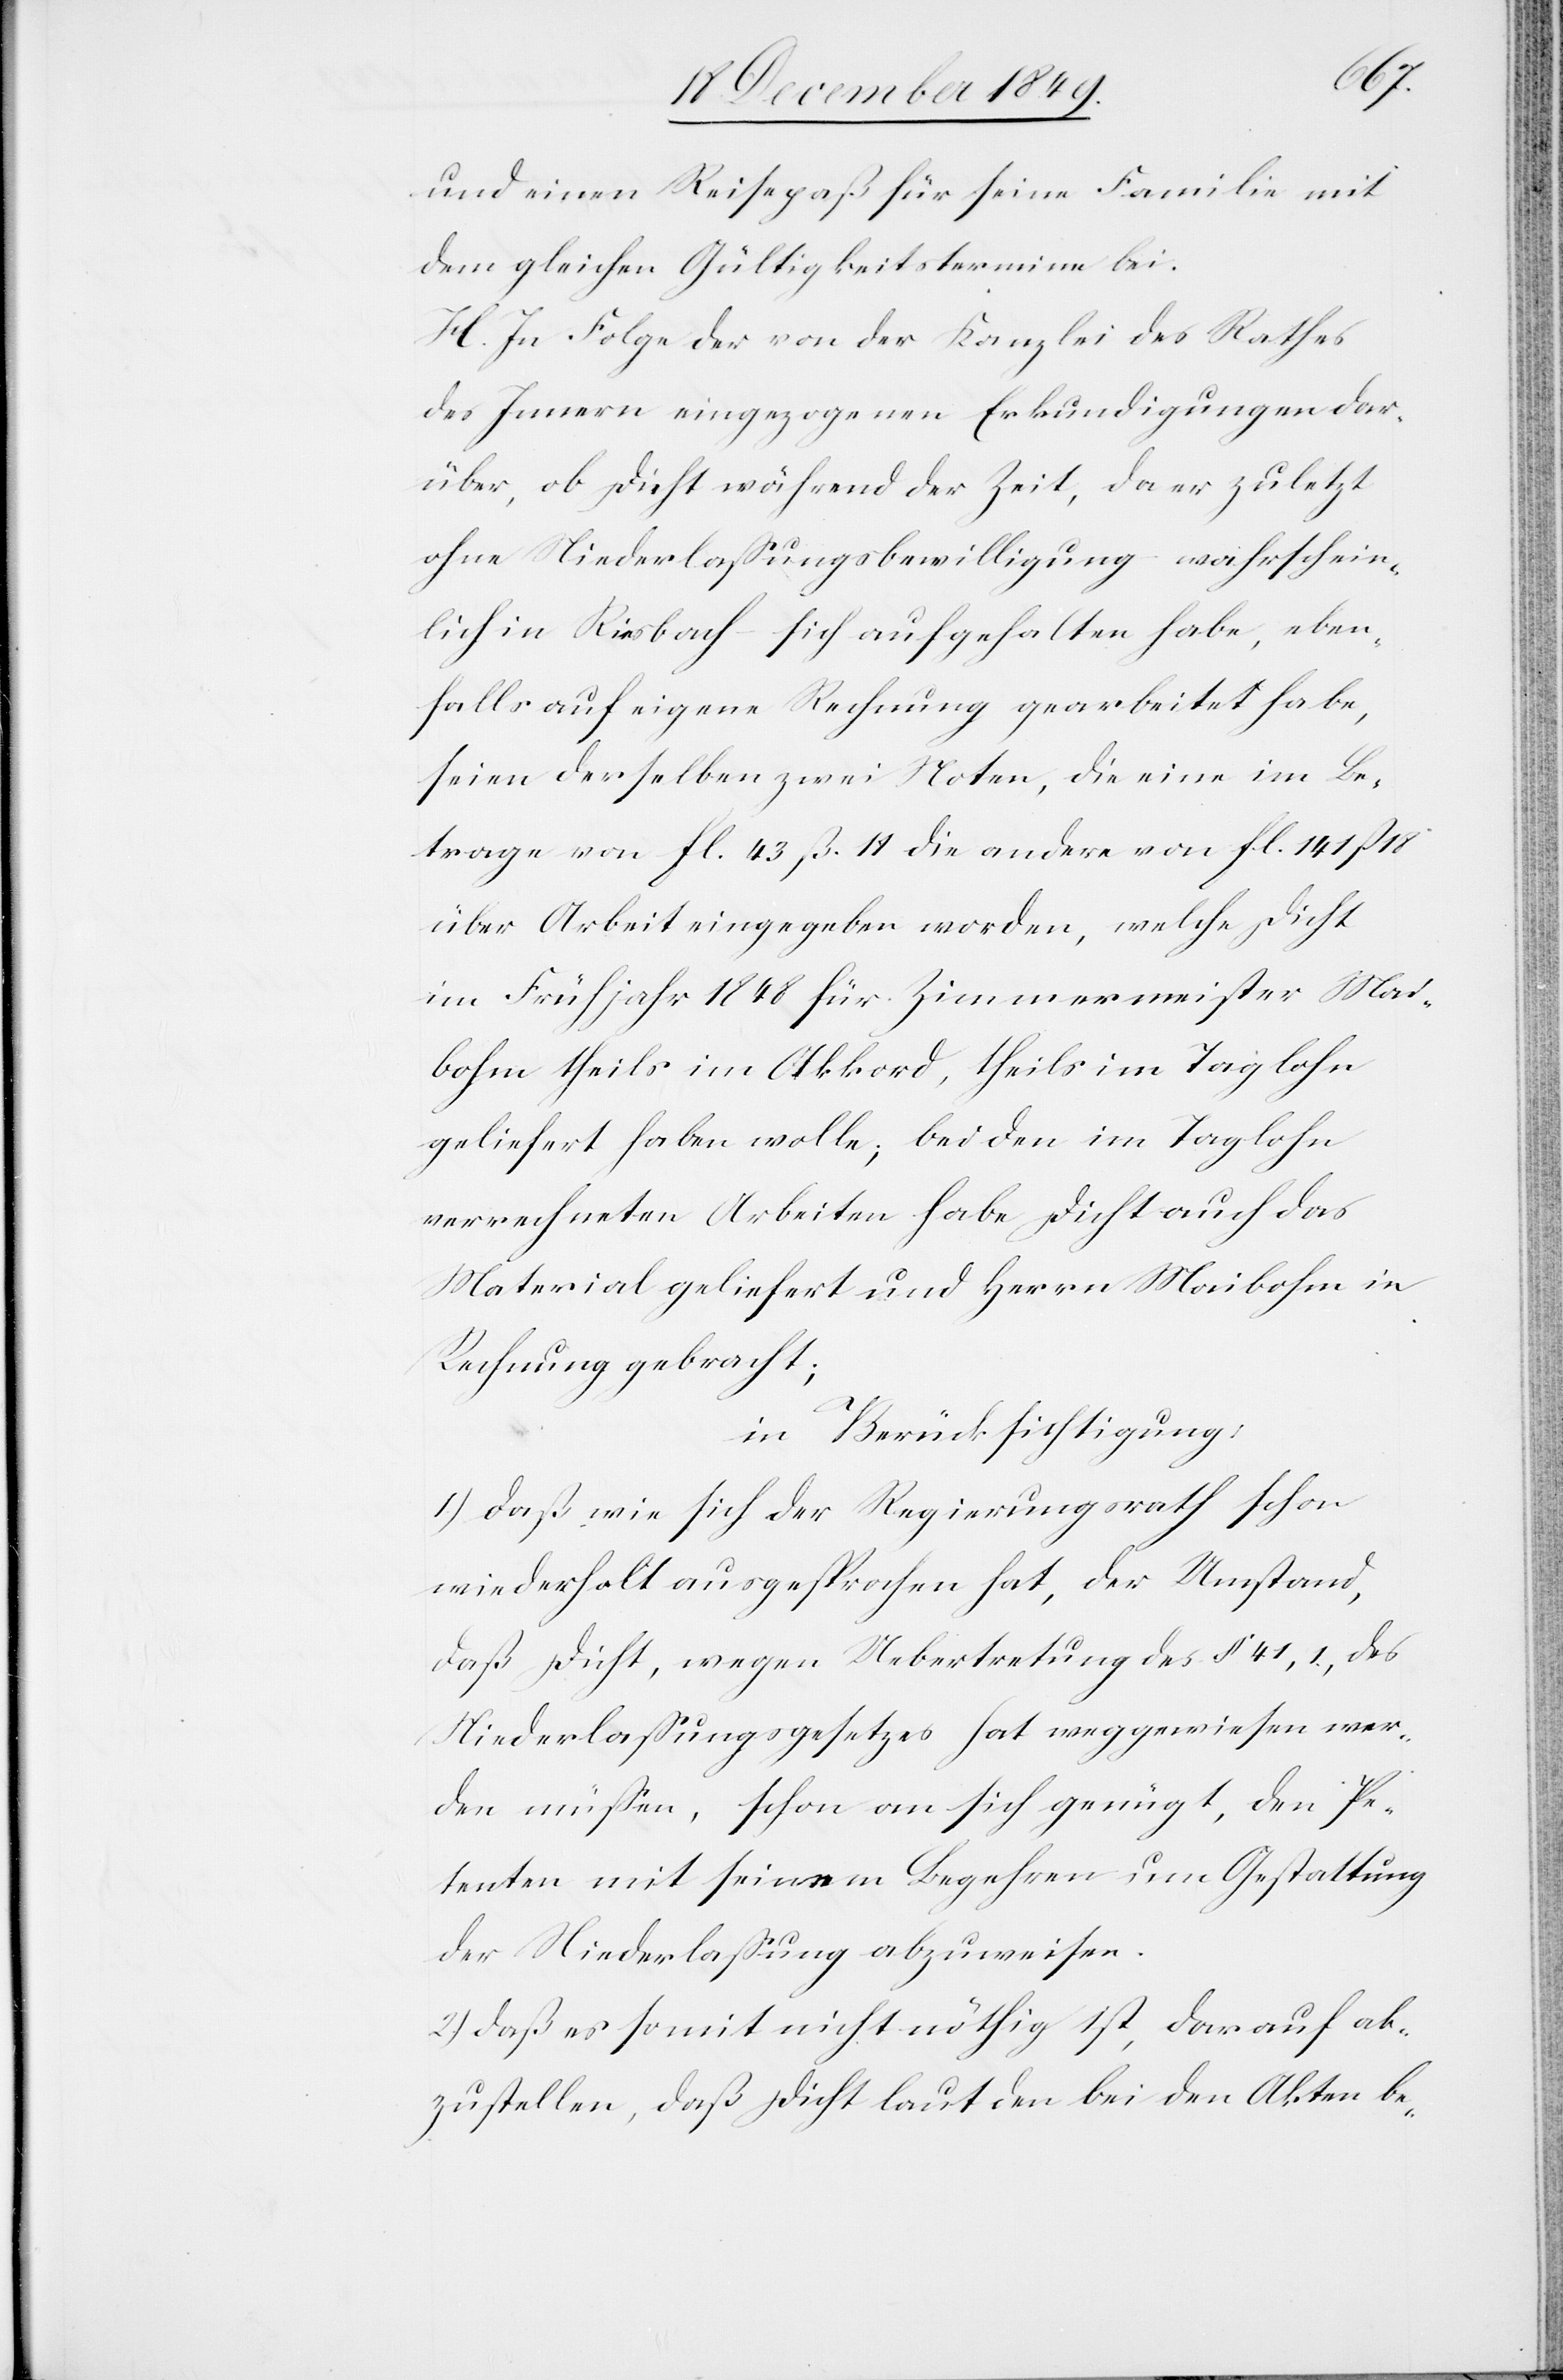
und einen Reisepaß für seine Familie mit
dem gleichen Gültigkeitstermine bei.
H. In Folge der von der Kanzlei des Rathes
des Innern eingezogenen Erkundigungen dar¬
über, ob Dicht während der Zeit, da er zuletzt
ohne Niederlaßungsbewilligung wahrschein¬
lich in Riesbach sich aufgehalten habe, eben¬
falls auf eigene Rechnung gearbeitet habe,
seien derselben zwei Noten, die eine im Be¬
trage von fl. 43 ß 14 die andere von fl. 141 ß
über Arbeit eingegeben worden, welche Dicht
im Frühjahr 1848 für Zimmermeister Mai¬
bohm theils im Akkord, theils im Taglohn
geliefert haben wolle; bei den im Taglohn
verrechneten Arbeiten habe Dicht auch das
Material geliefert und Herrn Maibohm in
Rechnung gebracht;
in Berücksichtigung:
1.) daß wie sich der Regierungsrath schon
wiederholt ausgesprochen hat, der Umstand,
daß Dicht, wegen Uebertretung des § 41,1 des
Niederlaßungsgesetzes hat weggewiesen wer¬
den müßen, schon an sich genügt, den Pe¬
tenten mit seinem Begehren um Gestaltung
der Niederlaßung abzuweisen.
2.) daß es somit nicht nöthig ist, darauf ab¬
zustellen, daß Dicht laut den bei den Akten be-